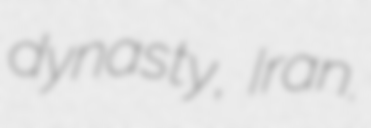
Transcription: dynasty, Iran.